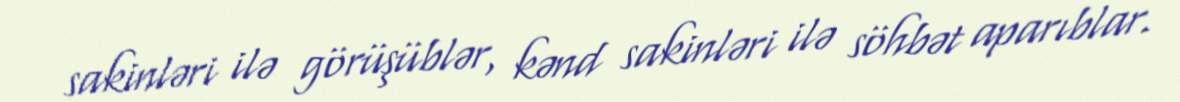
sakinləri ilə görüşüblər, kənd sakinləri ilə söhbət aparıblar.